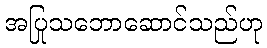
အပြုသဘောဆောင်သည်ဟု